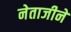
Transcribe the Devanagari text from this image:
नेताजीने